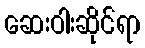
ဆေးဝါးဆိုင်ရာ